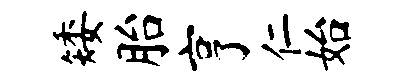
矮胎亨仁始